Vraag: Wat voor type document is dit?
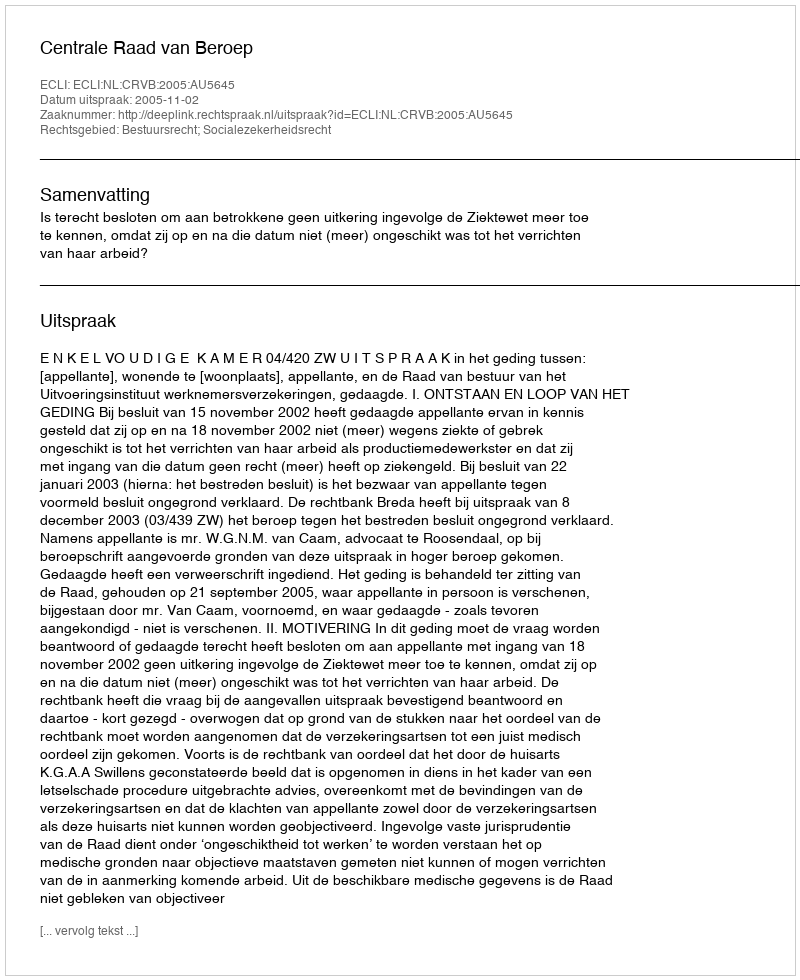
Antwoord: Uitspraak